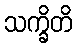
သက္ခိတိ